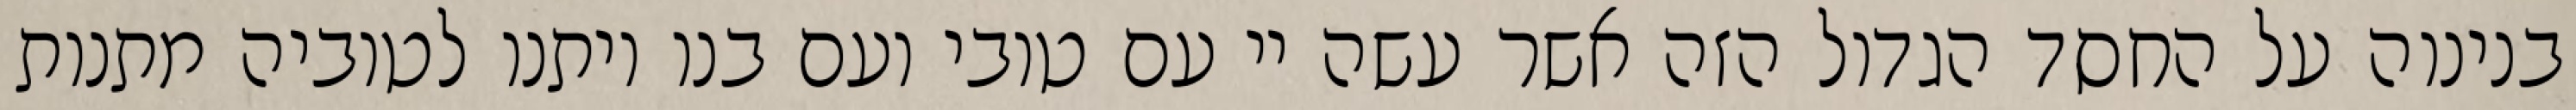
בנינוה על החסד הגדול הזה אשר עשה יי עם טובי ועם בנו ויתנו לטוביה מתנות